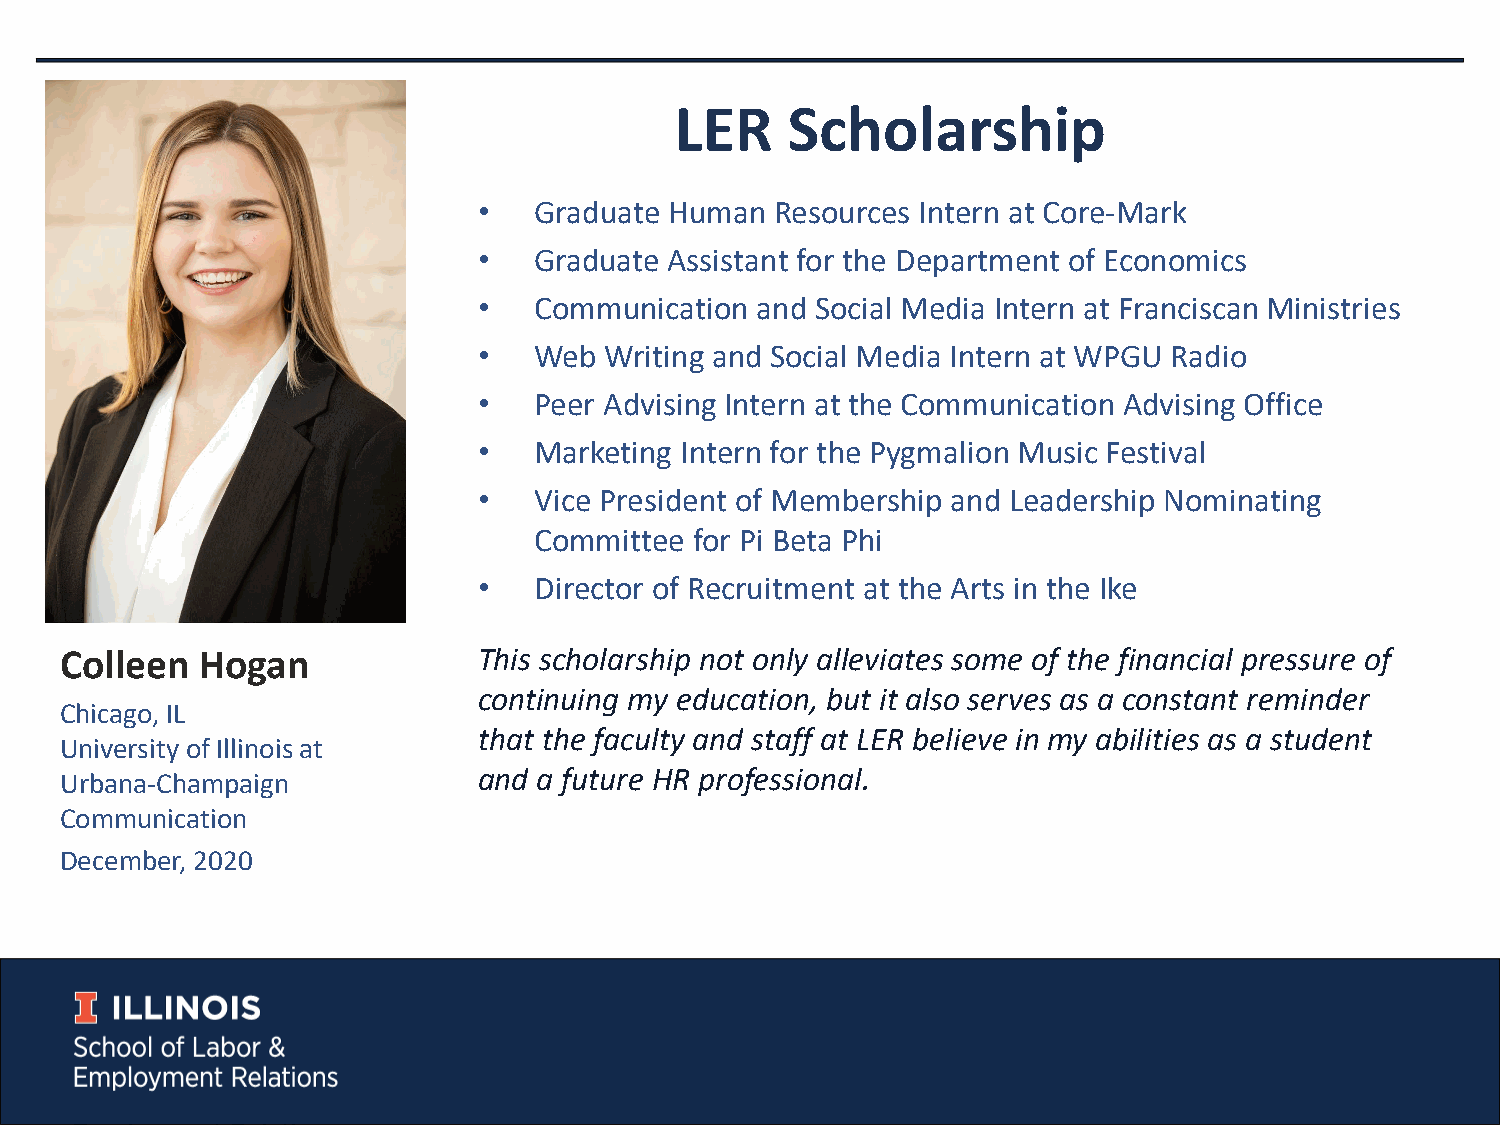
LER    Scholarship
 •  Graduate Human  Resources Intern at Core-Mark
 •  Graduate Assistant for the Department of Economics
 •  Communication  and Social Media Intern at Franciscan Ministries
 •  Web  Writing and Social Media Intern at WPGU Radio
 •  Peer Advising Intern at the Communication Advising Office
 •  Marketing Intern for the Pygmalion Music Festival
 •  Vice President of Membership and Leadership Nominating
 Committee  for Pi Beta Phi
 •  Director of Recruitment at the Arts in the Ike
 Colleen  Hogan              This scholarship not only alleviates some of the financial pressure of
 continuing my education, but it also serves as a constant reminder
 Chicago, IL
 that the faculty and staff at LER believe in my abilities as a student
 University of Illinois at
 and a future HR professional.
 Urbana-Champaign
 Communication
 December, 2020